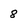
Character: 8